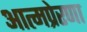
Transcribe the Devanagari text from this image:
आत्मप्रेरणा